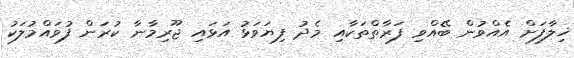
ޚިލާފަށް އެއްވުން ބޭއްވި ފަރާތްތަކާއި މެދު ފިޔަވަޅު އަޅައި ޖޫރިމާނާ ކުރަން ފުވައްމުލަކު